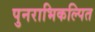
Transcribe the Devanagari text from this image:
पुनराभिकल्पित